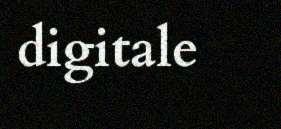
digitale